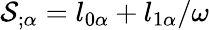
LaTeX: {\cal S}_{;\alpha}=l_{0\alpha}+l_{1\alpha}/\omega